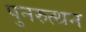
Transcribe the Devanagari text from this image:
पुनरुत्थन